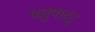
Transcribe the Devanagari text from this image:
पत्तुपाटटु